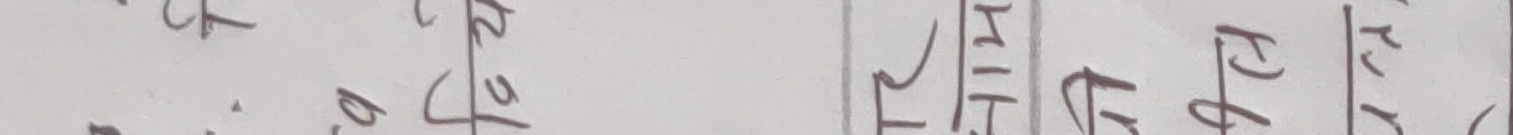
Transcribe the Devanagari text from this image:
हिटि | २२ |